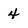
Character: 4